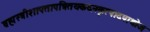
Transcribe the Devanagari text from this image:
ब्रह्मस्त्रीशापतापत्रितयकदनकृत्पादपाथोज